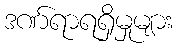
ဒဏ်ရာရရှိမှုများ